Report of the Indian Hemp Drugs Commission, 1894-1895 - Volume IV
Year: 1894
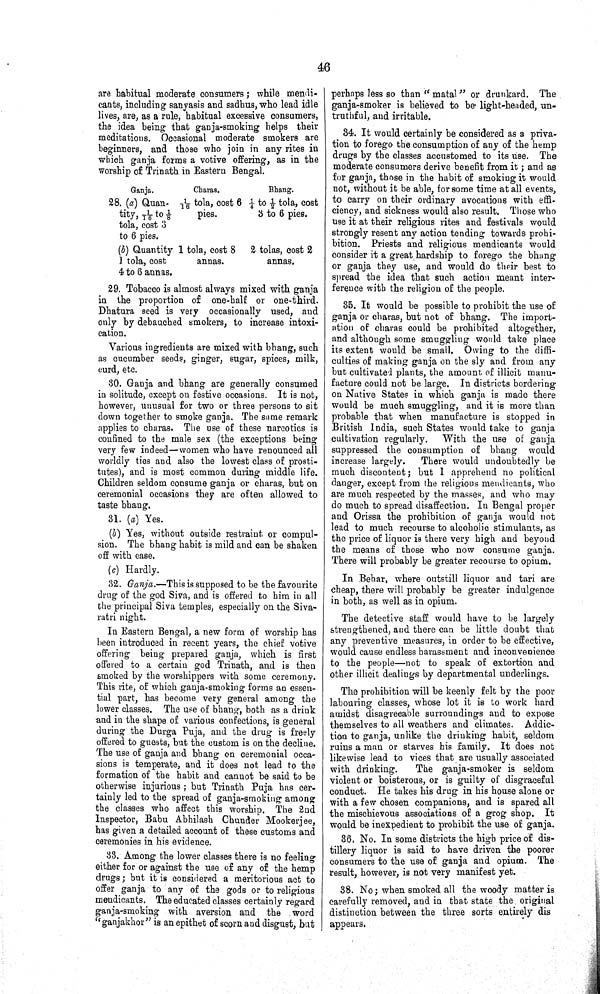
46
are habitual moderate consumers; while mendi-
cants, including sanyasis and sadhus, who lead idle
lives, are, as a rule, habitual excessive consumers,
the idea being that ganja-smoking helps their
meditations. Occasional moderate smokers are
beginners, and those who join in any rites in
which ganja forms a votive offering, as in the
worship of Trinath in Eastern Bengal.
Ganja.
Charas.
Bhang.
28. (a) Quan- 1/16 tola, cost 6 1/4 to 1/2 tola, cost
tity, 1/16 to 1/8 pies.
3 to 6 pies.
tola, cost 3
to 6 pies.
(b) Quantity 1 tola, cost 8 2 tolas, cost 2
1 tola, cost
annas.
annas.
4 to 6 annas.
29. Tobacco is almost always mixed with ganja
in the proportion of one-half or one-third.
Dhatura seed is very occasionally used, and
only by debauched smokers, to increase intoxi-
cation.
Various ingredients are mixed with bhang, such
as cucumber seeds, ginger, sugar, spices, milk,
curd, etc.
30. Ganja and bhang are generally consumed
in solitude, except on festive occasions. It is not,
however, unusual for two or three persons to sit
down together to smoke ganja. The same remark
applies to charas. The use of these narcotics is
confined to the male sex (the exceptions being
very few indeed—women who have renounced all
worldly ties and also the lowest class of prosti-
tutes), and is most common during middle life.
Children seldom consume ganja or charas, but on
ceremonial occasions they are often allowed to
taste bhang.
31. (a) Yes.
(b) Yes, without outside restraint or compul-
sion. The bhang habit is mild and can be shaken
off with ease.
(c) Hardly.
32. Ganja.—This is supposed to be the favourite
drug of the god Siva, and is offered to him in all
the principal Siva temples, especially on the Siva-
ratri night.
In Eastern Bengal, a new form of worship has
been introduced in recent years, the chief votive
offering being prepared ganja, which is first
offered to a certain god Trinath, and is then
smoked by the worshippers with some ceremony.
This rite, of which ganja-smoking forms an essen-
tial part, has become very general among the
lower classes. The use of bhang, both as a drink
and in the shape of various confections, is general
during the Durga Puja, and the drug is freely
offered to guests, but the custom is on the decline.
The use of ganja and bhang on ceremonial occa-
sions is temperate, and it does not lead to the
formation of the habit and cannot be said to be
otherwise injurious; but Trinath Puja has cer-
tainly led to the spread of ganja-smoking among
the classes who affect this worship. The 2nd
Inspector, Babu Abhilash Chunder Mookerjee,
has given a detailed account of these customs and
ceremonies in his evidence.
33. Among the lower classes there is no feeling
either for or against the use of any of the hemp
drugs; but it is considered a meritorious act to
offer ganja to any of the gods or to religious
mendicants. The educated classes certainly regard
ganja-smoking with aversion and the word
"ganjakhor" is an epithet of scorn and disgust, but
perhaps less so than "matal" or drunkard. The
ganja-smoker is believed to be light-headed, un-
truthful, and irritable.
34. It would certainly be considered as a priva-
tion to forego the consumption of any of the hemp
drugs by the classes accustomed to its use. The
moderate consumers derive benefit from it; and as
for ganja, those in the habit of smoking it would
not, without it be able, for some time at all events,
to carry on their ordinary avocations with effi-
ciency, and sickness would also result. Those who
use it at their religious rites and festivals would
strongly resent any action tending towards prohi-
bition. Priests and religious mendicants would
consider it a great hardship to forego the bhang
or ganja they use, and would do their best to
spread the idea that such action meant inter-
ference with the religion of the people.
35. It would be possible to prohibit the use of
ganja or charas, but not of bhang. The import-
ation of charas could be prohibited altogether,
and although some smuggling would take place
its extent would be small. Owing to the diffi-
culties of making ganja on the sly and from any
but cultivated plants, the amount of illicit manu-
facture could not be large. In districts bordering
on Native States in which ganja is made there
would be much smuggling, and it is more than
probable that when manufacture is stopped in
British India, such States would take to ganja
cultivation regularly. With the use of ganja
suppressed the consumption of bhang would
increase largely.
There would undoubtedly be
much discontent; but I apprehend no political
danger, except from the religious mendicants, who
are much respected by the masses, and who may
do much to spread disaffection. In Bengal proper
and Orissa the prohibition of ganja would not
lead to much recourse to alcoholic stimulants, as
the price of liquor is there very high and beyond
the means of those who now consume ganja.
There will probably be greater recourse to opium.
In Behar, where outstill liquor and tari are
cheap, there will probably be greater indulgence
in both, as well as in opium.
The detective staff would have to be largely
strengthened, and there can be little doubt that
any preventive measures, in order to be effective,
would cause endless harassment and inconvenience
to the people—not to speak of extortion and
other illicit dealings by departmental underlings.
The prohibition will be keenly felt by the poor
labouring classes, whose lot it is to work hard
amidst disagreeable surroundings and to expose
themselves to all weathers and climates. Addic-
tion to ganja, unlike the drinking habit, seldom
ruins a man or starves his family. It does not
likewise lead to vices that are usually associated
with drinking.
The ganja-smoker is seldom
violent or boisterous, or is guilty of disgraceful
conduct. He takes his drug in his house alone or
with a few chosen companions, and is spared all
the mischievous associations of a grog shop. It
would be inexpedient to prohibit the use of ganja.
36. No. In some districts the high price of dis-
tillery liquor is said to have driven the poorer
consumers to the use of ganja and opium. The
result, however, is not very manifest yet.
38. No; when smoked all the woody matter is
carefully removed, and in that state the original
distinction between the three sorts entirely dis
appears.